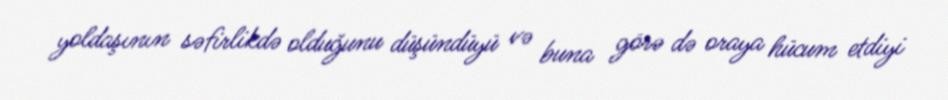
yoldaşının səfirlikdə olduğunu düşündüyü və buna görə də oraya hücum etdiyi